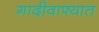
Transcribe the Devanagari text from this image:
गादीवाफ्यात